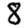
Digit: 8